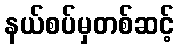
နယ်စပ်မှတစ်ဆင့်